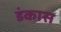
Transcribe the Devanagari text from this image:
डंकास